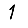
Digit: 1